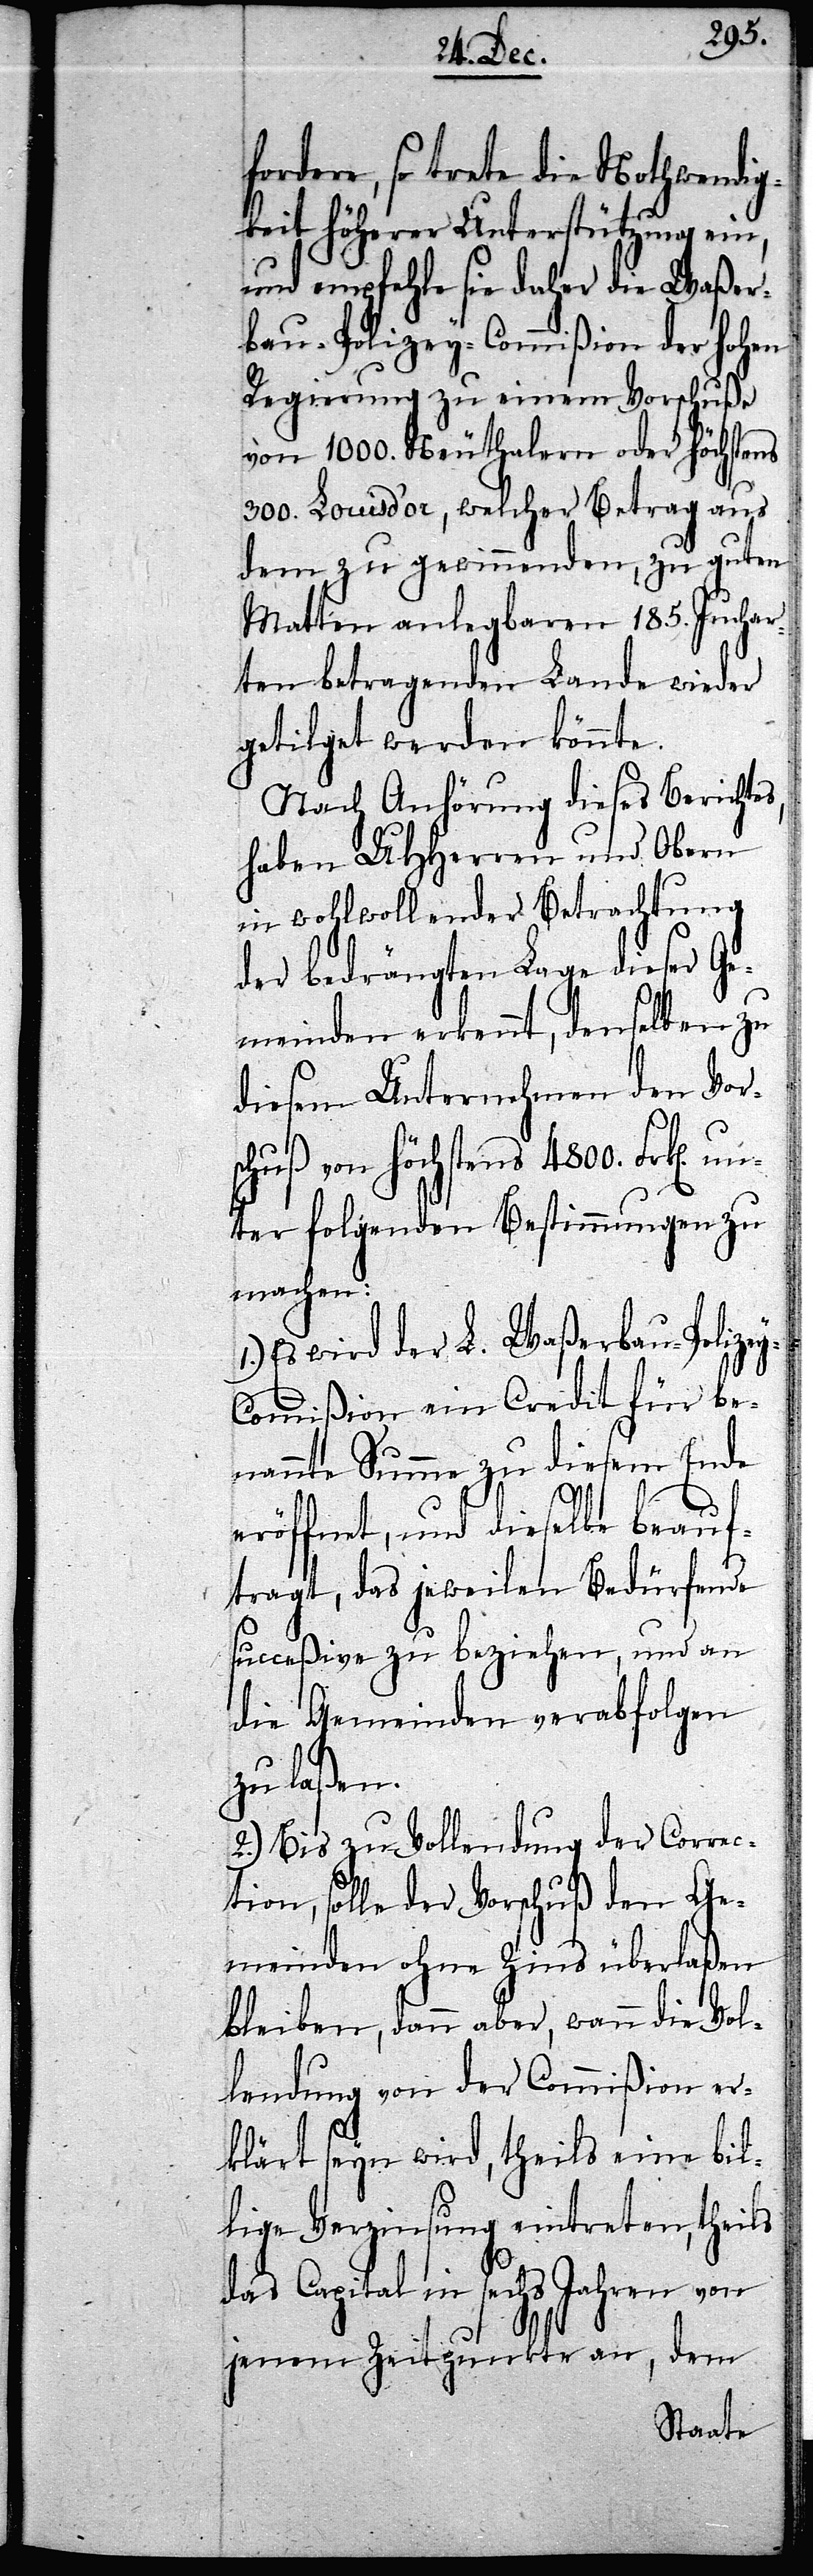
y-C¬
fordere, so trete die Nothwendig¬
keit höherer Unterstützung ein,
und empfehle sie daher die Waßer¬
bau-Polizey-Commißion der hohen
Regierung zu einem Vorschuße
von 1000. Neuthalern oder höchstens
300. Louisd’or, welcher Betrag aus
dem zu gewinnenden, zu guten
Matten anlegbaren 185. Juchar¬
ten betragenden Lande wieder
getilget werden könnte.
Nach Anhörung dieses Berichtes,
haben UHHerren und Obern
in wohlwollender Betrachtung
der bedrängten Lage dieser Ge¬
meinden erkennt, denselben zu
diesem Unternehmen den Vor¬
schuß von höchstens 4800. Frk[en].
unter folgenden Bestimmungen zu
machen:
Es wird der L. Waßerbau-Polize¬
ommißion ein Credit für be¬
nannte Summe zu diesem Ende
eröffnet, und dieselbe beauf¬
tragt, das jeweilen Bedürfende
succeßive zu beziehen, und an
die Gemeinden verabfolgen
zu laßen.
2.) Bis zu Vollendung der Correc¬
tion, solle der Vorschuß den Ge¬
meinden ohne Zins überlaßen
bleiben, dann aber, wann die Vol¬
lendung von der Commißion er¬
klärt seyn wird, theils eine bil¬
lige Verzinsung eintreten, theils
das Capital in sechs Jahren von
jenem Zeitpunkt an, dem